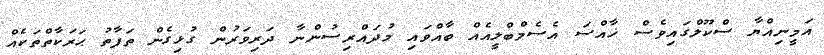
އަމީނިއްޔާ ސްކޫލްގައިވެސް ޚާއްސަ އެސެމްބްލީއެއް ބާއްވައި މުދައްރިސުންނާ ދަރިވަރުން ގުޅިގެން ތަފާތު ޙަރަކާތްތަކެއް